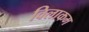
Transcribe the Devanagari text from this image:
विलाकम